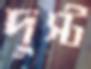
দুস্ট